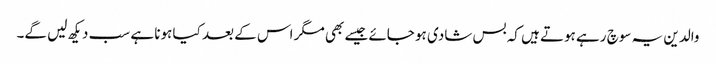
والدین یہ سوچ رہے ہوتے ہیں کہ بس شادی ہو جائے جیسے بھی مگر اس کے بعد کیا ہونا ہے سب دیکھ لیں گے۔